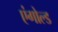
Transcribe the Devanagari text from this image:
एंगोल्ड